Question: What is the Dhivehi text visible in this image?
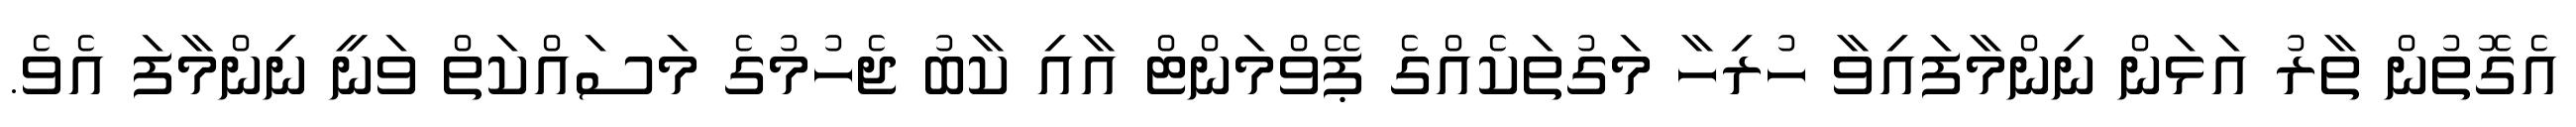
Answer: އެގޮތުން ތާރު އަޅަން ނިންމާފައިވާ ހުރިހާ މަގުތަކެއްގެ ޕޭވްމަންޓް އާއި ކާބު ޖެހުމުގެ މަސައްކަތް ވަނީ ނިންމާފަ އެވެ.